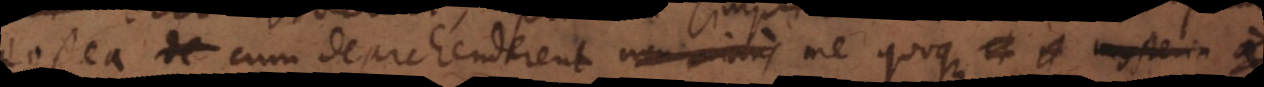
postea de cum deprehenderent me quoque et in mysteria a